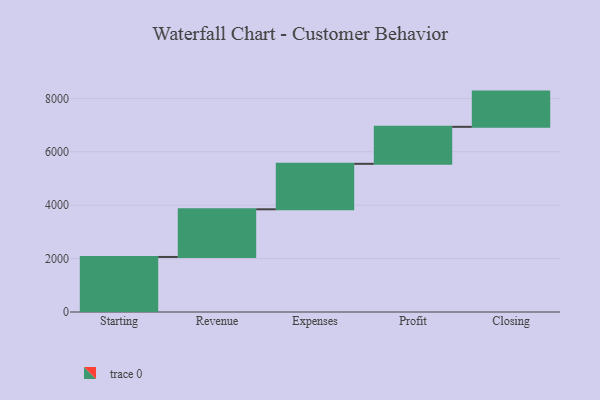
{"axis": {"x": "Step", "y": "Value"}, "legend": [""], "data": [{"x": "Starting", "y": 2062.0, "type": ""}, {"x": "Revenue", "y": 1785.0, "type": ""}, {"x": "Expenses", "y": 1703.0, "type": ""}, {"x": "Profit", "y": 1386.0, "type": ""}, {"x": "Closing", "y": 1319.0, "type": ""}]}